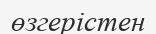
өзгерістен